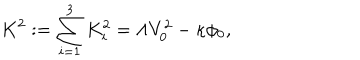
K ^ { 2 } : = \sum _ { i = 1 } ^ { 3 } K _ { i } ^ { 2 } = \Lambda V _ { 0 } ^ { 2 } - \kappa \phi _ { 0 } ,